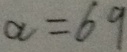
a = 6 9